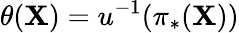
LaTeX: \theta(\mathbf{X})=u^{-1}(\pi_{*}(\mathbf{X}))